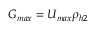
G _ { m a x } = U _ { m a x } \rho _ { h 2 }